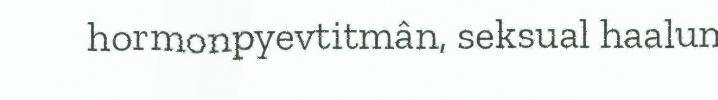
hormonpyevtitmân, seksual haalun